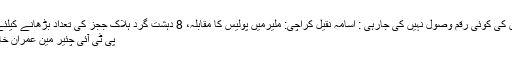
ریاض: کسی بھی دستاویز کی اٹیسٹیشن کی کوئی رقم وصول نہیں کی جارہی : اسامہ نقیل کراچی: ملیرمیں پولیس کا مقابلہ، 8 دہشت گرد ہلاک ججز کی تعداد بڑھانے کیلئے لاہور ہائیکورٹ میں درخواست دائر
پی ٹی آئی چئیر مین عمران خان کی سکیورٹی میں اضافہ کر دیا گیا۔